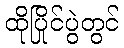
ထိုပြိုင်ပွဲတွင်